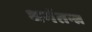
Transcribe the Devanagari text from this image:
धर्मतन्त्र